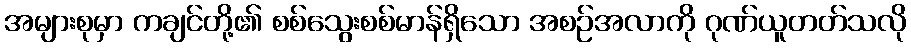
အများစုမှာ ကချင်တို့၏ စစ်သွေးစစ်မာန်ရှိသော အစဉ်အလာကို ဂုဏ်ယူတတ်သလို